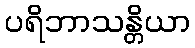
ပရိဘာသန္တိယာ